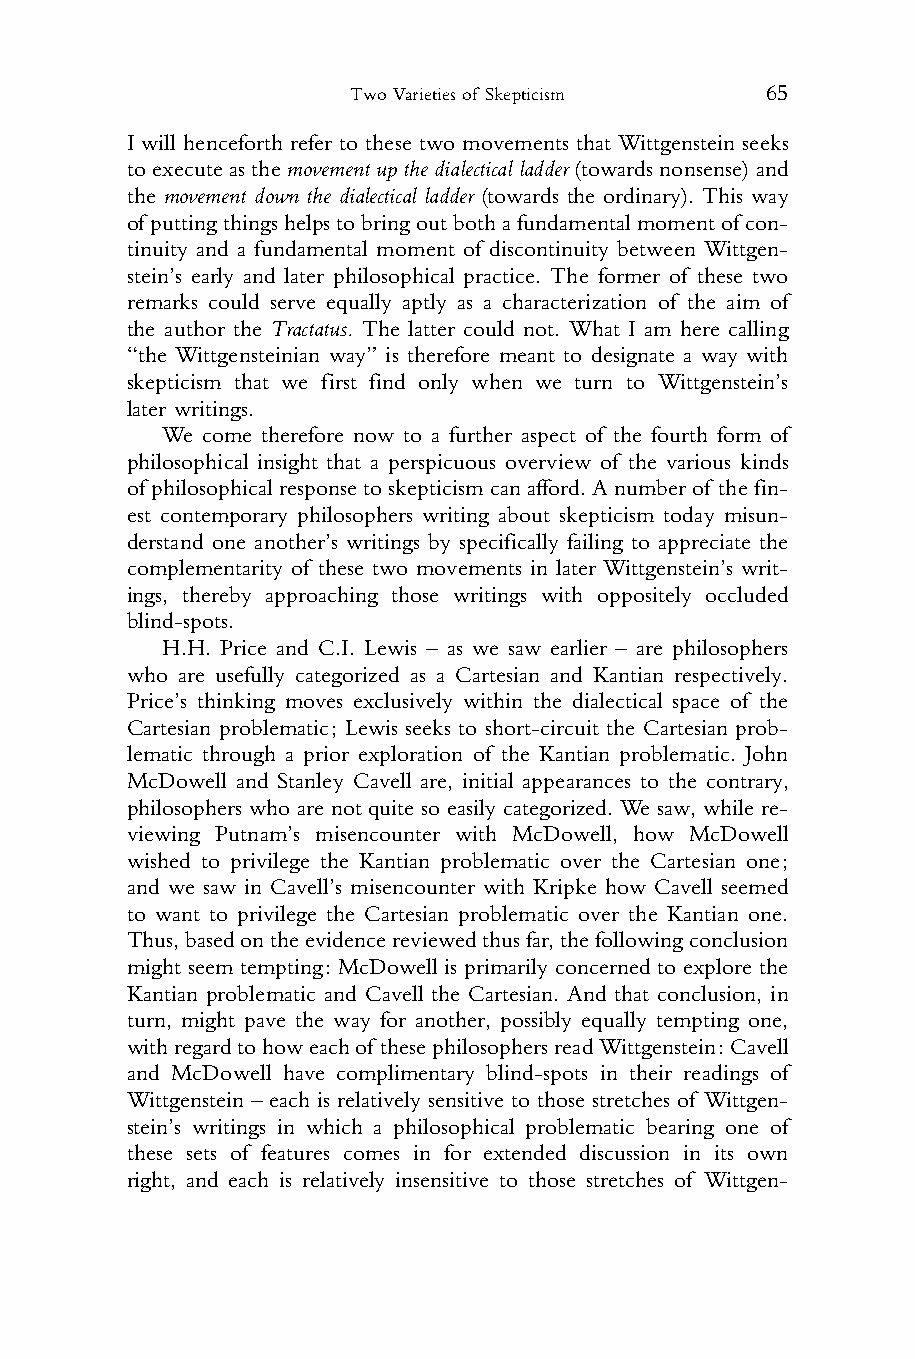
Two Varieties of Skepticism 65
 1 I will henceforth refer to these two movements that Wittgenstein seeks
 2 toexecute asthemovement upthedialecticalladder(towardsnonsense)and
 3 the movement down the dialectical ladder (towards the ordinary). This way
 4 ofputtingthingshelpstobringoutbothafundamentalmomentofcon-
 5 tinuity and a fundamental moment of discontinuity between Wittgen-
 6 stein’s early and later philosophical practice. The former of these two
 7 remarks could serve equally aptly as a characterization of the aim of
 8 the author the Tractatus. The latter could not. What I am here calling
 9 “the Wittgensteinian way” is therefore meant to designate a way with
 10 skepticism that we first find only when we turn to Wittgenstein’s
 11 later writings.
 12    We come therefore now to a further aspect of the fourth form of
 13 philosophical insight that a perspicuous overview of the various kinds
 14 ofphilosophicalresponsetoskepticismcanafford.Anumberof thefin-
 15 est contemporary philosophers writing about skepticism today misun-
 16 derstand one another’s writings by specifically failing to appreciate the
 17 complementarity of these two movements in later Wittgenstein’s writ-
 18 ings, thereby approaching those writings with oppositely occluded
 19 blind-spots.
 20    H.H. Price and C.I. Lewis – as we saw earlier – are philosophers
 21 who are usefully categorized as a Cartesian and Kantian respectively.
 22 Price’s thinking moves exclusively within the dialectical space of the
 23 Cartesian problematic; Lewis seeks to short-circuit the Cartesian prob-
 24 lematic through a prior exploration of the Kantian problematic. John
 25 McDowell and Stanley Cavell are, initial appearances to the contrary,
 26 philosophers who are not quite so easily categorized. We saw, while re-
 27 viewing Putnam’s misencounter with McDowell, how McDowell
 28 wished to privilege the Kantian problematic over the Cartesian one;
 29 and we saw in Cavell’s misencounter with Kripke how Cavell seemed
 30 to want to privilege the Cartesian problematic over the Kantian one.
 31 Thus,basedontheevidencereviewedthusfar,thefollowingconclusion
 32 might seem tempting: McDowell is primarily concerned to explore the
 33 Kantian problematic and Cavell the Cartesian. And that conclusion, in
 34 turn, might pave the way for another, possibly equally tempting one,
 35 withregardtohoweachof thesephilosophersreadWittgenstein:Cavell
 36 and McDowell have complimentary blind-spots in their readings of
 37 Wittgenstein – each is relatively sensitive to those stretches of Wittgen-
 38 stein’s writings in which a philosophical problematic bearing one of
 39 these sets of features comes in for extended discussion in its own
 40 right, and each is relatively insensitive to those stretches of Wittgen-